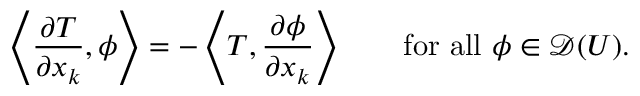
\left\langle { \frac { \partial T } { \partial x _ { k } } } , \phi \right\rangle = - \left\langle T , { \frac { \partial \phi } { \partial x _ { k } } } \right\rangle \qquad { \mathrm { f o r ~ a l l ~ } } \phi \in { \mathcal { D } } ( U ) .